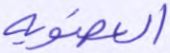
العضوية